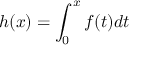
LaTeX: h ( x ) = \int _ { 0 } ^ { x } f ( t ) d t